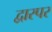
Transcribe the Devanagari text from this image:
द्वारपर